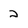
Character: 2